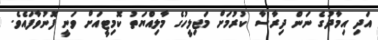
އަދި އިމާދުގެ ނަން ދިރާސާ ކުރުމަށް މަޖިލީހުގެ މާލިއްޔަތު ކޮމިޓީއަށް ވަނީ ފޮނުވާފައެވެ.